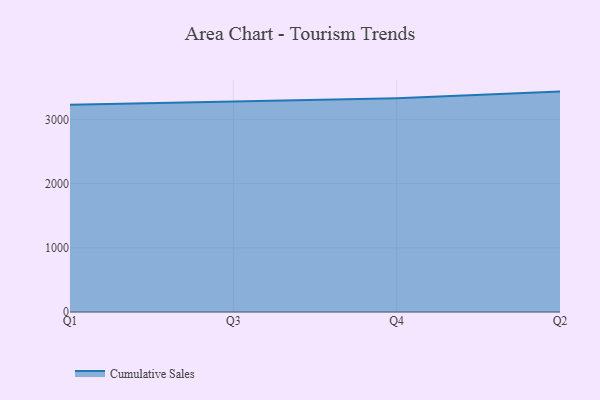
{"axis": {"x": "Quarter", "y": "Customer Acquisition Cost (USD)"}, "legend": ["Cumulative Sales"], "data": [{"x": "Q1", "y": 3226.2, "type": "Cumulative Sales"}, {"x": "Q3", "y": 3280.2, "type": "Cumulative Sales"}, {"x": "Q4", "y": 3330.7, "type": "Cumulative Sales"}, {"x": "Q2", "y": 3432.9, "type": "Cumulative Sales"}]}